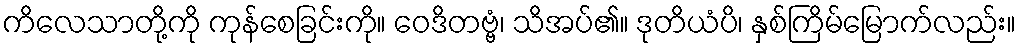
ကိလေသာတို့ကို ကုန်စေခြင်းကို။ ဝေဒိတဗ္ဗံ၊ သိအပ်၏။ ဒုတိယံပိ၊ နှစ်ကြိမ်မြောက်လည်း။